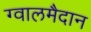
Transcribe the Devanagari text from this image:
ग्वालमैदान